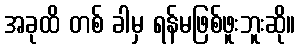
အခုထိ တစ် ခါမှ ရန်မဖြစ်ဖူးဘူးဆို။